Leaving Certificate Examination, 1920
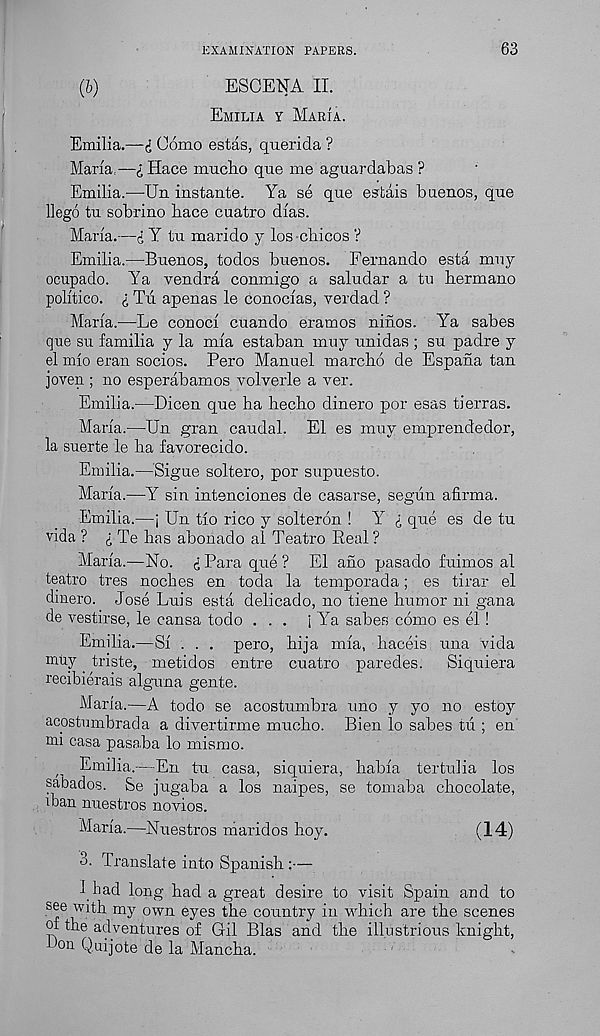
EXAMINATION PAPERS.
63
(b)
ESCENA II.
Emilia y Maria.
Emilia.—i Como estas, querida ?
Maria,—£ Hace rrmcho que me aguardabas ?
Emilia.—Un instante. Ya se que estais buenos, que
llego tu sobrino bace cuatro dias.
Maria.—i Y tu marido j los cbicos ?
Emilia.—Buenos, todos buenos. Fernando esta muy
ocupado. Ya vendra conmigo a saludar a tu hermano
politico, i Tii apenas le conocias, verdad ?
Maria.—Ee conoci cuando eramos ninos. Ya sabes
que su familia y la mia estaban muy unidas ; su padre y
el mio eran socios. Pero Manuel marcho de Espana tan
joven ; no esperabamos volverle a ver.
Emilia.—Dicen que ha hecho dinero por esas tierras.
Maria.—Un gran caudal. El es muy emprendedor,
la suerte le ha favorecido.
Emilia.—Sigue soltero, por supuesto.
Maria.—Y sin intenciones de casarse, segiin afirma.
Emilia.—j Un tio rico y solteron ! Y i que es de tu
vida ? <: Te has abonado al Teatro Real?
Maria.—No. i Para que ? El aho pasado fuimos al
teatro tres noches en toda la temporada; es tirar el
dinero. Jose Luis esta delicado, no tiene humor ni gana
de vestirse, le cansa todo ... i Ya sabes como es el !
Emilia.—Si . . . pero, hija mia, haceis una vida
muy _ triste, metidos entre cuatro paredes.
Siquiera
recibierais alguna gente.
Maria.—A todo se acostumbra uno y yo no estoy
acostumbrada a divertirme mucho. Bien lo sabes tu ; en
mi casa pasaba lo mismo.
Emilia.—En tu casa, siquiera, habia tertulia los
sabados. Se jugaba a los naipes, se tomaba chocolate,
iban nuestros novios.
Maria.—Nuestros niaridos hoy.
(14)
3. Translate into Spanish:—
I had long had a great desire to visit Spain and to
see with my own eyes the country in wdiich are the scenes
of the adventures of Gil Bias and the illustrious knight,
bon Q.uijote de la Mancha.